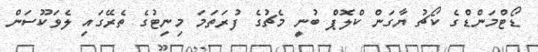
ޑޯޓްމަންޑްގެ ކޯޗު ޔާގަން ކްލޮޕް ބުނީ މެޗުގެ ފުރަތަމަ މިނިޓުގެ ތެރޭގައި ލެވަކޫސަން